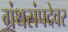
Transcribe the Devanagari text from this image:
ग्रंथसंपदेवर